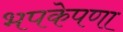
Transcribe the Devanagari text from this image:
भपकेपणा